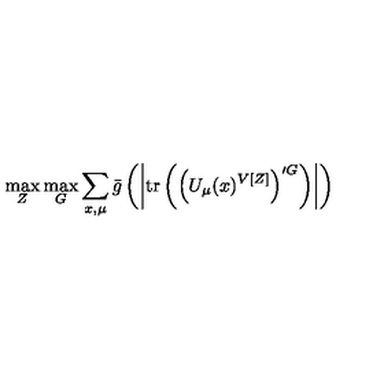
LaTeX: \max _ { Z } \max _ { G } \sum _ { x , \mu } \bar { g } \left( \left| \mathrm { t r } \left( \left( U _ { \mu } ( x ) ^ { V [ Z ] } \right) ^ { \prime G } \right) \right| \right)